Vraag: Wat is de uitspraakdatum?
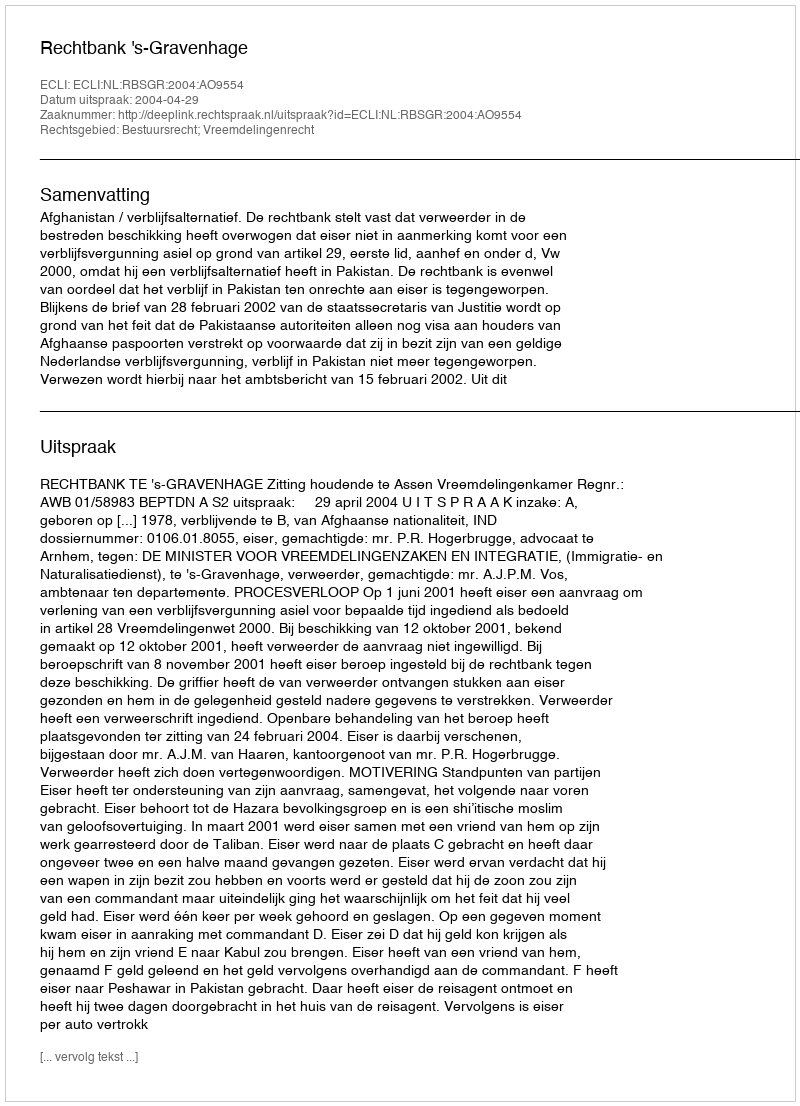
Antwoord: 2004-04-29